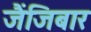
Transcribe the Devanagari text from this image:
जैंजिबार